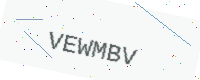
Text: VEWMBV